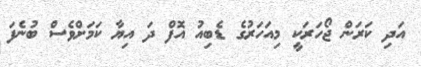
އަދި ކަރަން ޖޯހަރަކީ މިއަހަރުގެ ޑެބިއު އޮފް ދަ އިޔާ ކަމަށްވެސް ބުނެފަ